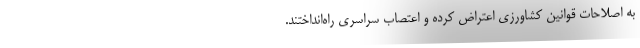
به اصلاحات قوانین کشاورزی اعتراض کرده و اعتصاب سراسری راه‌انداختند.